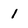
Character: l